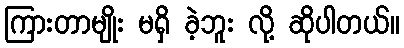
ကြားတာမျိုး မရှိ ခဲ့ဘူး လို့ ဆိုပါတယ်။